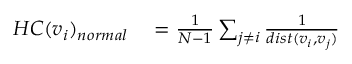
\begin{array} { r l } { H C ( v _ { i } ) _ { n o r m a l } } & { { } = \frac { 1 } { N - 1 } \sum _ { j \neq i } { \frac { 1 } { d i s t ( v _ { i } , v _ { j } ) } } } \end{array}